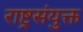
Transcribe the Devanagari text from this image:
राष्ट्रसंयुक्त